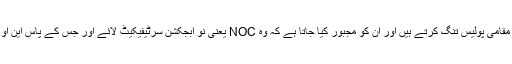
تاہم ان مزدوروں نے شکوہ کیا کہ ان کو مقامی پولیس تنگ کرتے ہیں اور ان کو مجبور کیا جاتا ہے کہ وہ NOC یعنی نو ابجکشن سرٹیفیکیٹ لائے اور جس کے پاس این او سی نہ ہو ان کو کام کرنے نہیں دیا جاتا۔